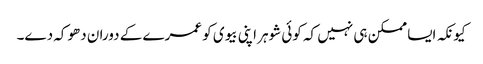
کیونکہ ایسا ممکن ہی نہیں کہ کوئی شوہر اپنی بیوی کو عمرے کے دوران دھوکہ دے۔